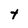
Character: t